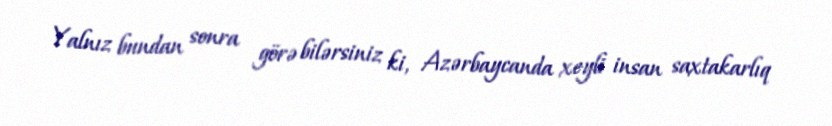
Yalnız bundan sonra görə bilərsiniz ki, Azərbaycanda xeyli insan saxtakarlıq